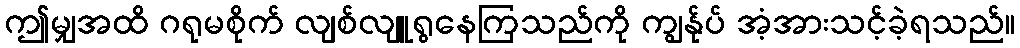
ဤမျှအထိ ဂရုမစိုက် လျစ်လျူရွနေကြသည်ကို ကျွန်ုပ် အံ့အားသင့်ခဲ့ရသည်။